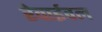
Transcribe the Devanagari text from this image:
रेवाईवल